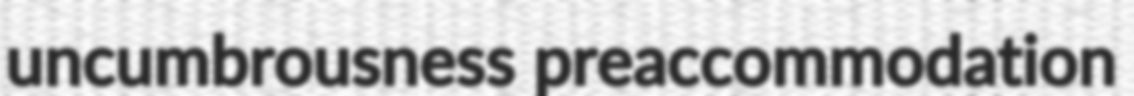
uncumbrousness preaccommodation